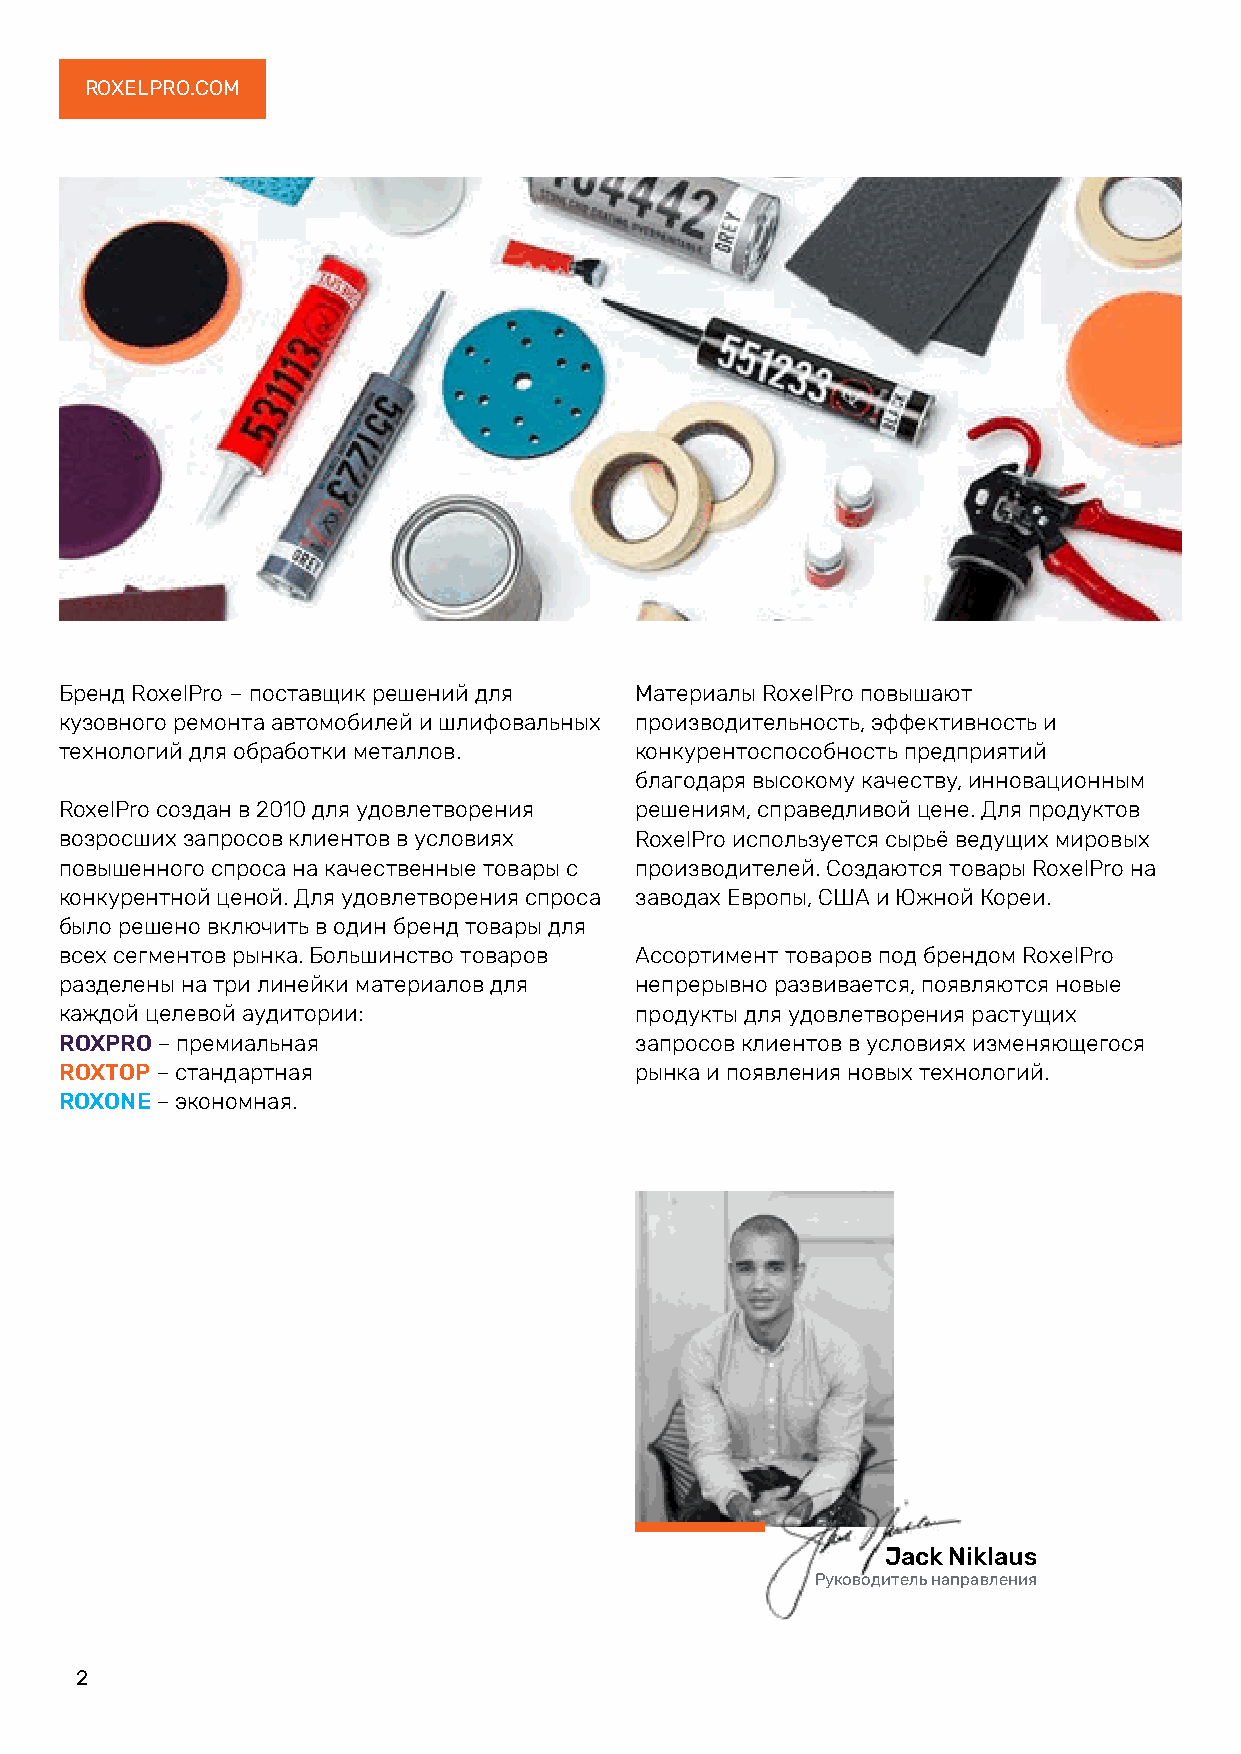
ROXELPRO.COM
 Бренд RoxelPro – поставщик решений для Материалы RoxelPro повышают
 кузовного ремонта автомобилей и шлифовальных производительность, эффективность и
 технологий для обработки металлов.    конкурентоспособность предприятий
 благодаря высокому качеству, инновационным
 RoxelPro создан в 2010 для удовлетворения решениям, справедливой цене. Для продуктов
 возросших запросов клиентов в условиях RoxelPro используется сырьё ведущих мировых
 повышенного спроса на качественные товары с производителей. Создаются товары RoxelPro на
 конкурентной ценой. Для удовлетворения спроса заводах Европы, США и Южной Кореи.
 было решено включить в один бренд товары для
 всех сегментов рынка. Большинство товаров Ассортимент товаров под брендом RoxelPro
 разделены на три линейки материалов для непрерывно развивается, появляются новые
 каждой целевой аудитории:             продукты для удовлетворения растущих
 ROXPRO – премиальная                  запросов клиентов в условиях изменяющегося
 ROXTOP – стандартная                  рынка и появления новых технологий.
 ROXONE – экономная.
 Jack Niklaus
 Руководитель направления
 2